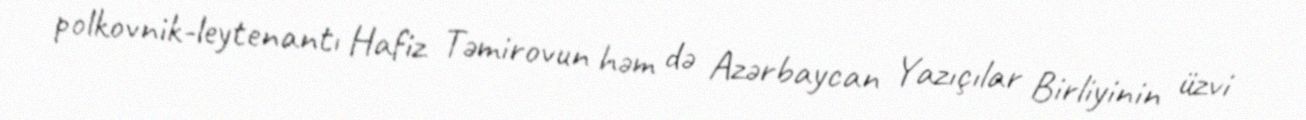
polkovnik-leytenantı Hafiz Təmirovun həm də Azərbaycan Yazıçılar Birliyinin üzvi